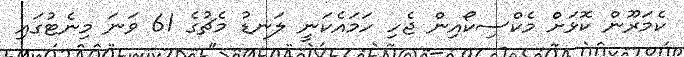
ކެމަރޫން ކޮޅަށް މެކްސިކޯއިން ޖެހި ހަމައެކަނީ ލަނޑު މެޗުގެ 61 ވަނަ މިނެޓުގައި